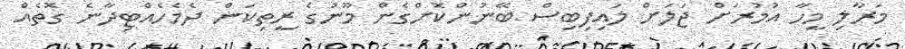
މަރާލި މީހާ އުމުރަށް ޖަލަށް ލައިފިބިސް ބޭނުންކޮށްގެން މޫނުގެ ރީތިކަން ދެމެހެއްޓިދާނެ ގޮތެއް